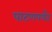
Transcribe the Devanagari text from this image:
पाटणपर्यंत